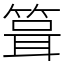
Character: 箿